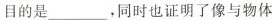
目的是___，同时也证明了像与物体